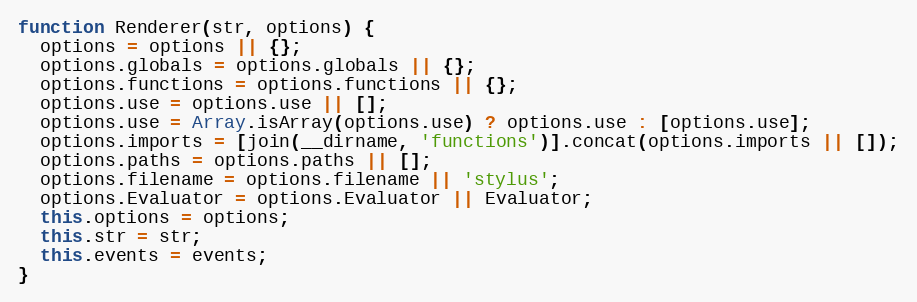
Language: JavaScript
function Renderer(str, options) {
  options = options || {};
  options.globals = options.globals || {};
  options.functions = options.functions || {};
  options.use = options.use || [];
  options.use = Array.isArray(options.use) ? options.use : [options.use];
  options.imports = [join(__dirname, 'functions')].concat(options.imports || []);
  options.paths = options.paths || [];
  options.filename = options.filename || 'stylus';
  options.Evaluator = options.Evaluator || Evaluator;
  this.options = options;
  this.str = str;
  this.events = events;
}